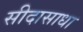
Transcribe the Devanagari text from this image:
सीदासाधा